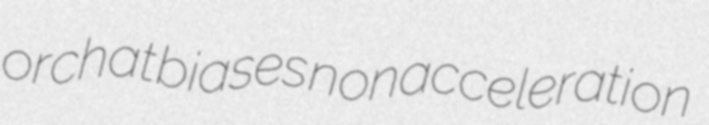
orchat biases nonacceleration